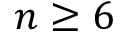
n \geq 6